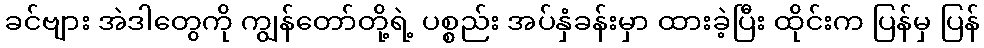
ခင်ဗျား အဲဒါတွေကို ကျွန်တော်တို့ရဲ့ ပစ္စည်း အပ်နှံခန်းမှာ ထားခဲ့ပြီး ထိုင်းက ပြန်မှ ပြန်